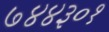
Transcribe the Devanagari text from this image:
७४४३०१